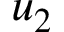
u _ { 2 }